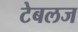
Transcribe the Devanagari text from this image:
टेबलज